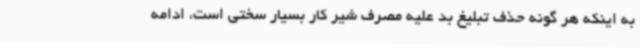
به اینکه هر گونه حذف تبلیغ بد علیه مصرف شیر کار بسیار سختی است، ادامه